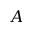
A